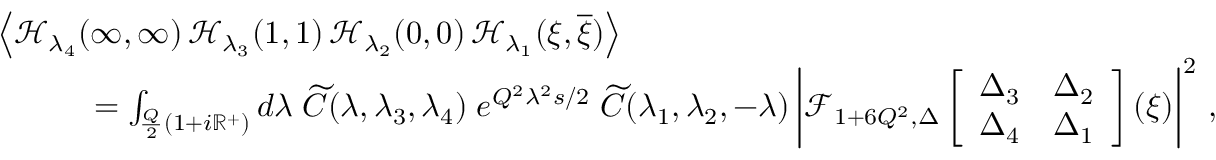
\begin{array} { r l } & { \left\langle \mathcal { H } _ { \lambda _ { 4 } } ( \infty , \infty ) \, \mathcal { H } _ { \lambda _ { 3 } } ( 1 , 1 ) \, \mathcal { H } _ { \lambda _ { 2 } } ( 0 , 0 ) \, \mathcal { H } _ { \lambda _ { 1 } } ( \xi , \overline { { \xi } } ) \right\rangle } \\ & { \quad \quad \quad = \int _ { { \frac { Q } { 2 } } ( 1 + i \mathbb { R } ^ { + } ) } { d \lambda } \; \widetilde { C } ( \lambda , \lambda _ { 3 } , \lambda _ { 4 } ) \; e ^ { Q ^ { 2 } \lambda ^ { 2 } s / 2 } \; \widetilde { C } ( \lambda _ { 1 } , \lambda _ { 2 } , - \lambda ) \left| \mathcal { F } _ { 1 + 6 Q ^ { 2 } , \Delta } \left[ \begin{array} { l l } { \Delta _ { 3 } } & { \Delta _ { 2 } } \\ { \Delta _ { 4 } } & { \Delta _ { 1 } } \end{array} \right] ( \xi ) \right| ^ { 2 } \, , } \end{array}